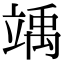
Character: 竬